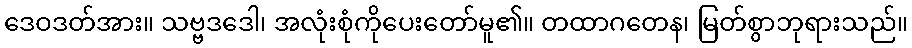
ဒေဝဒတ်အား။ သဗ္ဗဒဒေါ၊ အလုံးစုံကိုပေးတော်မူ၏။ တထာဂတေန၊ မြတ်စွာဘုရားသည်။